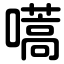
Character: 嚆